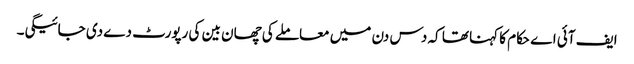
ایف آئی اے حکام کا کہنا تھا کہ دس دن میں معاملے کی چھان بین کی رپورٹ دے دی جائیگی۔